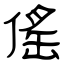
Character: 傜